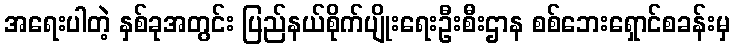
အရေးပါတဲ့ နှစ်ခုအတွင်း ပြည်နယ်စိုက်ပျိုးရေးဦးစီးဌာန စစ်ဘေးရှောင်စခန်းမှ